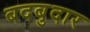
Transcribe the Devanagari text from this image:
बदबुदार